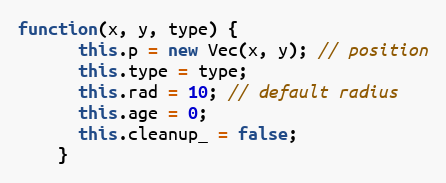
Language: JavaScript
function(x, y, type) {
      this.p = new Vec(x, y); // position
      this.type = type;
      this.rad = 10; // default radius
      this.age = 0;
      this.cleanup_ = false;
    }